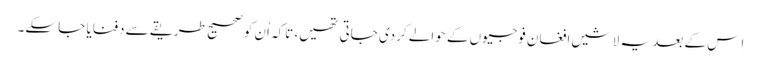
اِس کے بعد یہ لاشیں افغان فوجیوں کے حوالے کردی جاتی تھیں، تاکہ اُن کو صحیح طریقے سے دفنایا جا سکے۔